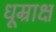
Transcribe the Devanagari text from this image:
धूम्राक्ष